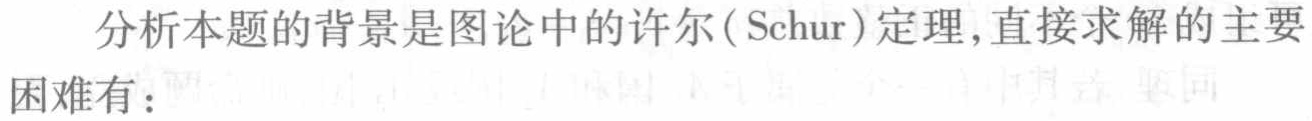
分析本题的背景是图论中的许尔（Schur）定理,直接求解的主要
困难有：